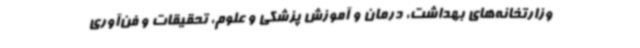
وزارتخانه‌های بهداشت، درمان و آموزش پزشکی و علوم، تحقیقات و فن‌آوری